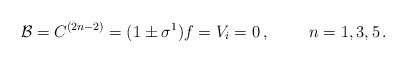
\begin{align*}{\cal B} =C^{(2n-2)}=(1\pm\sigma^{1})f=V_{i}=0\, ,\hspace{1cm}n=1,3,5\, .\end{align*}